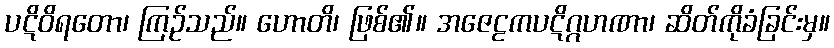
ပဋိဝိရတော၊ ကြဉ်သည်။ ဟောတိ၊ ဖြစ်၏။ အဇေဠကပဋိဂ္ဂဟဏာ၊ ဆိတ်ကိုခံခြင်းမှ။